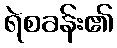
ရဲစခန်း၏